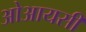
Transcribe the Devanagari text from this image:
ओआयसी